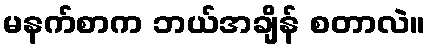
မနက်စာက ဘယ်အချိန် စတာလဲ။